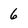
Character: 6